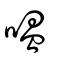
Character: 嗢